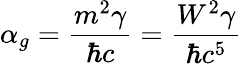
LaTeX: \alpha_{g}=\frac{m^{2}\gamma}{\hbar c}=\frac{W^{2}\gamma}{\hbar c^{5}}